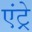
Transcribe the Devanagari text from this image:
एंट्रे